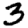
Digit: 3